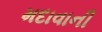
મદાવાની